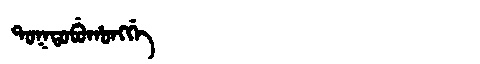
Manchu: ᡨᠣᡴᡨᠣᠪᡠᡥᠣᠩᡤᡝ
Romanization: TOKTOBUHONGGE